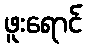
ဖူးရောင်